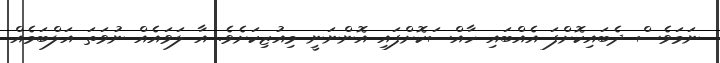
ނަމަވެސް ދެބައިކޮށްފަ އެއްބައި ހާއްސަކޮށްފައި އޮންނަނީ މިއުޒިކަށެވެ. އާ ލަވައެއް ނުވަތަ އަލްބަމެއް